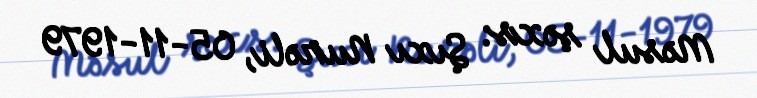
Məsul şəxs: Şıxı Nurəli, 05-11-1979